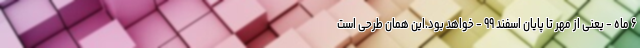
۶ ماه - یعنی از مهر تا پایان اسفند ۹۹ - خواهد بود.این همان طرحی است